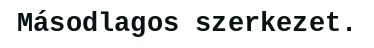
Másodlagos szerkezet.